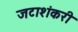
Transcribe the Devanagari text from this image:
जटाशंकरी